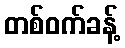
တစ်ဝက်ခန့်